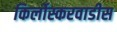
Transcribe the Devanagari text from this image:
किर्लोस्करवाडीस